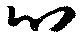
心